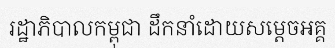
រដ្ឋាភិបាលកម្ពុជា ដឹកនាំដោយសម្តេចអគ្គ